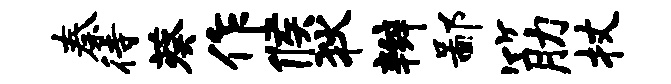
秦待葵作候狄辫鄙筋杖